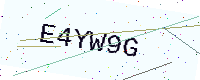
Text: E4YW9G